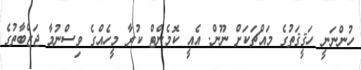
ހުންނަނީ ހަޤީޤަތުގެ މައްޗަކަށް ނޫން. އެއީ ކޮމެންޓް ކުރާ މީހެއްގެ ވިސްނުމާ ޖަޒްބާތުގެ